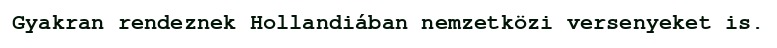
Gyakran rendeznek Hollandiában nemzetközi versenyeket is.